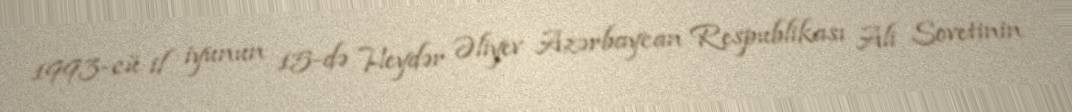
1993-cü il iyunun 15-də Heydər Əliyev Azərbaycan Respublikası Ali Sovetinin